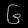
Digit: ၆